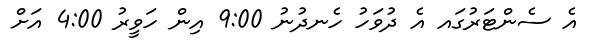
އެ ސެންޓަރުގައ އެ ދުވަހު ހެނދުނު 9:00 އިން ހަވީރު 4:00 އަށް